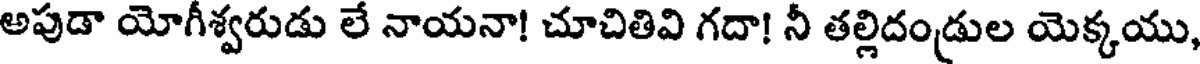
అపుడా యోగీశ్వరుడు లే నాయనా! చూచితివి గదా! నీ తల్లిదండ్రుల యెక్కయు,